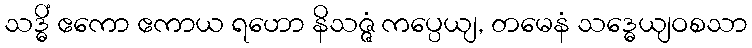
သဒ္ဓိံ ဧကော ဧကာယ ရဟော နိသဇ္ဇံ ကပ္ပေယျ, တမေနံ သဒ္ဓေယျဝစသာ